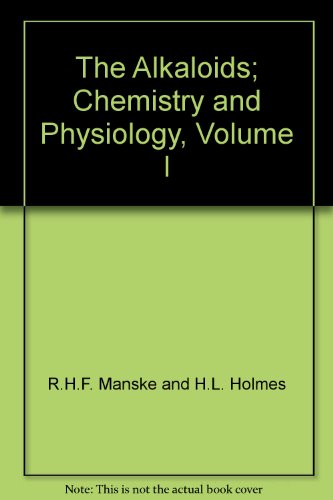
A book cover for The Alkaloids; Chemistry and Physiology, Volume I; R.H.F. Manske and H.L. Holmes; Science & Math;